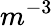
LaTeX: \textit{m}^{-3}